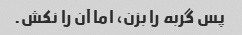
پس گربه را بزن، اما آن را نکش.